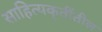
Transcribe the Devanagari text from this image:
साहित्यकृतींतील